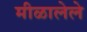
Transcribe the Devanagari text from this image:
मीळालेले